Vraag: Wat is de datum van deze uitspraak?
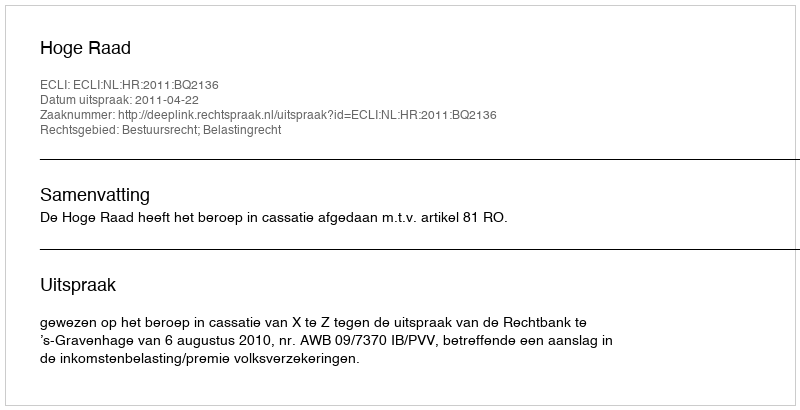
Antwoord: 2011-04-22